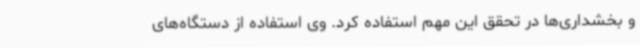
و بخشداری‌ها در تحقق این مهم استفاده کرد. وی استفاده از دستگاه‌های